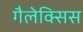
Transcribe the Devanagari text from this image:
गैलेक्सिस